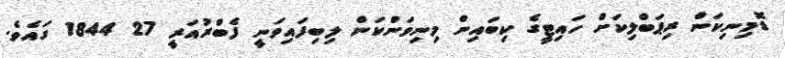
ޑޮމިނިކަން ރިޕަބްލިކަށް ހައިޓީގެ ކިބައިން މިނިވަންކަން ލިބިފައިވަނީ ފެބްރުއަރީ 27 1844 ގައެވެ.